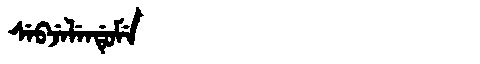
Manchu: ᠰᡝᠪᠵᡝᠯᡝᠨᡩᡠᠮᡝ
Romanization: SEBJELENDUME